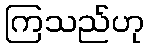
ကြသည်ဟု